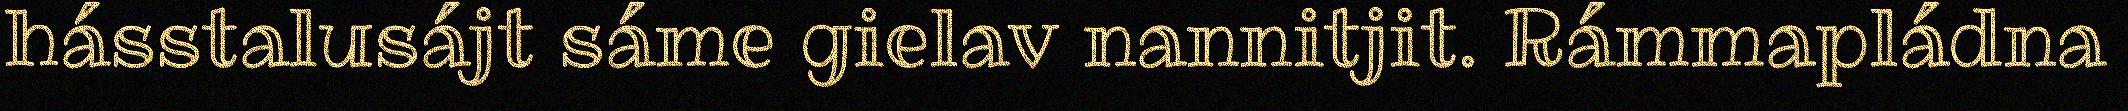
hásstalusájt sáme gielav nannitjit. Rámmapládna